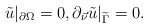
\begin{align*}\tilde u \vert_{\partial\Omega} =0, \partial_{\vec \nu}\tilde u\vert_{\widetilde \Gamma} =0.\end{align*}